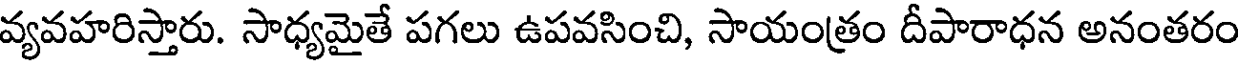
వ్యవహరిస్తారు. సాధ్యమైతే పగలు ఉపవసించి, సాయంత్రం దీపారాధన అనంతరం